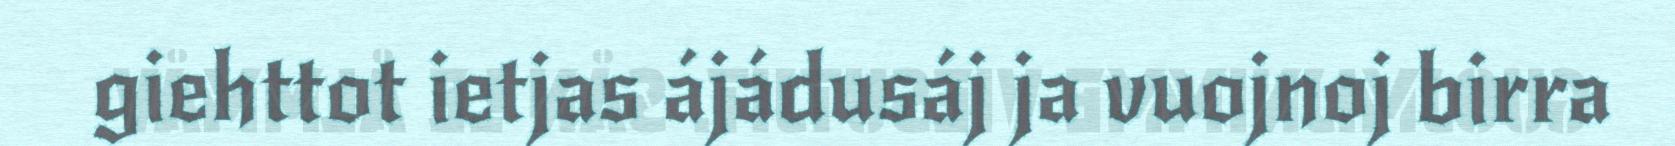
giehttot ietjas ájádusáj ja vuojnoj birra